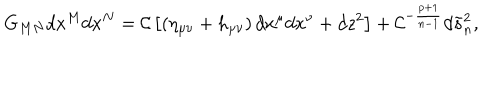
G _ { M N } d x ^ { M } d x ^ { N } = { \cal C } \left[ \left( \eta _ { \mu \nu } + h _ { \mu \nu } \right) d x ^ { \mu } d x ^ { \nu } + d z ^ { 2 } \right] + { \cal C } ^ { - { \frac { p + 1 } { n - 1 } } } d \tilde { s } _ { n } ^ { 2 } ,